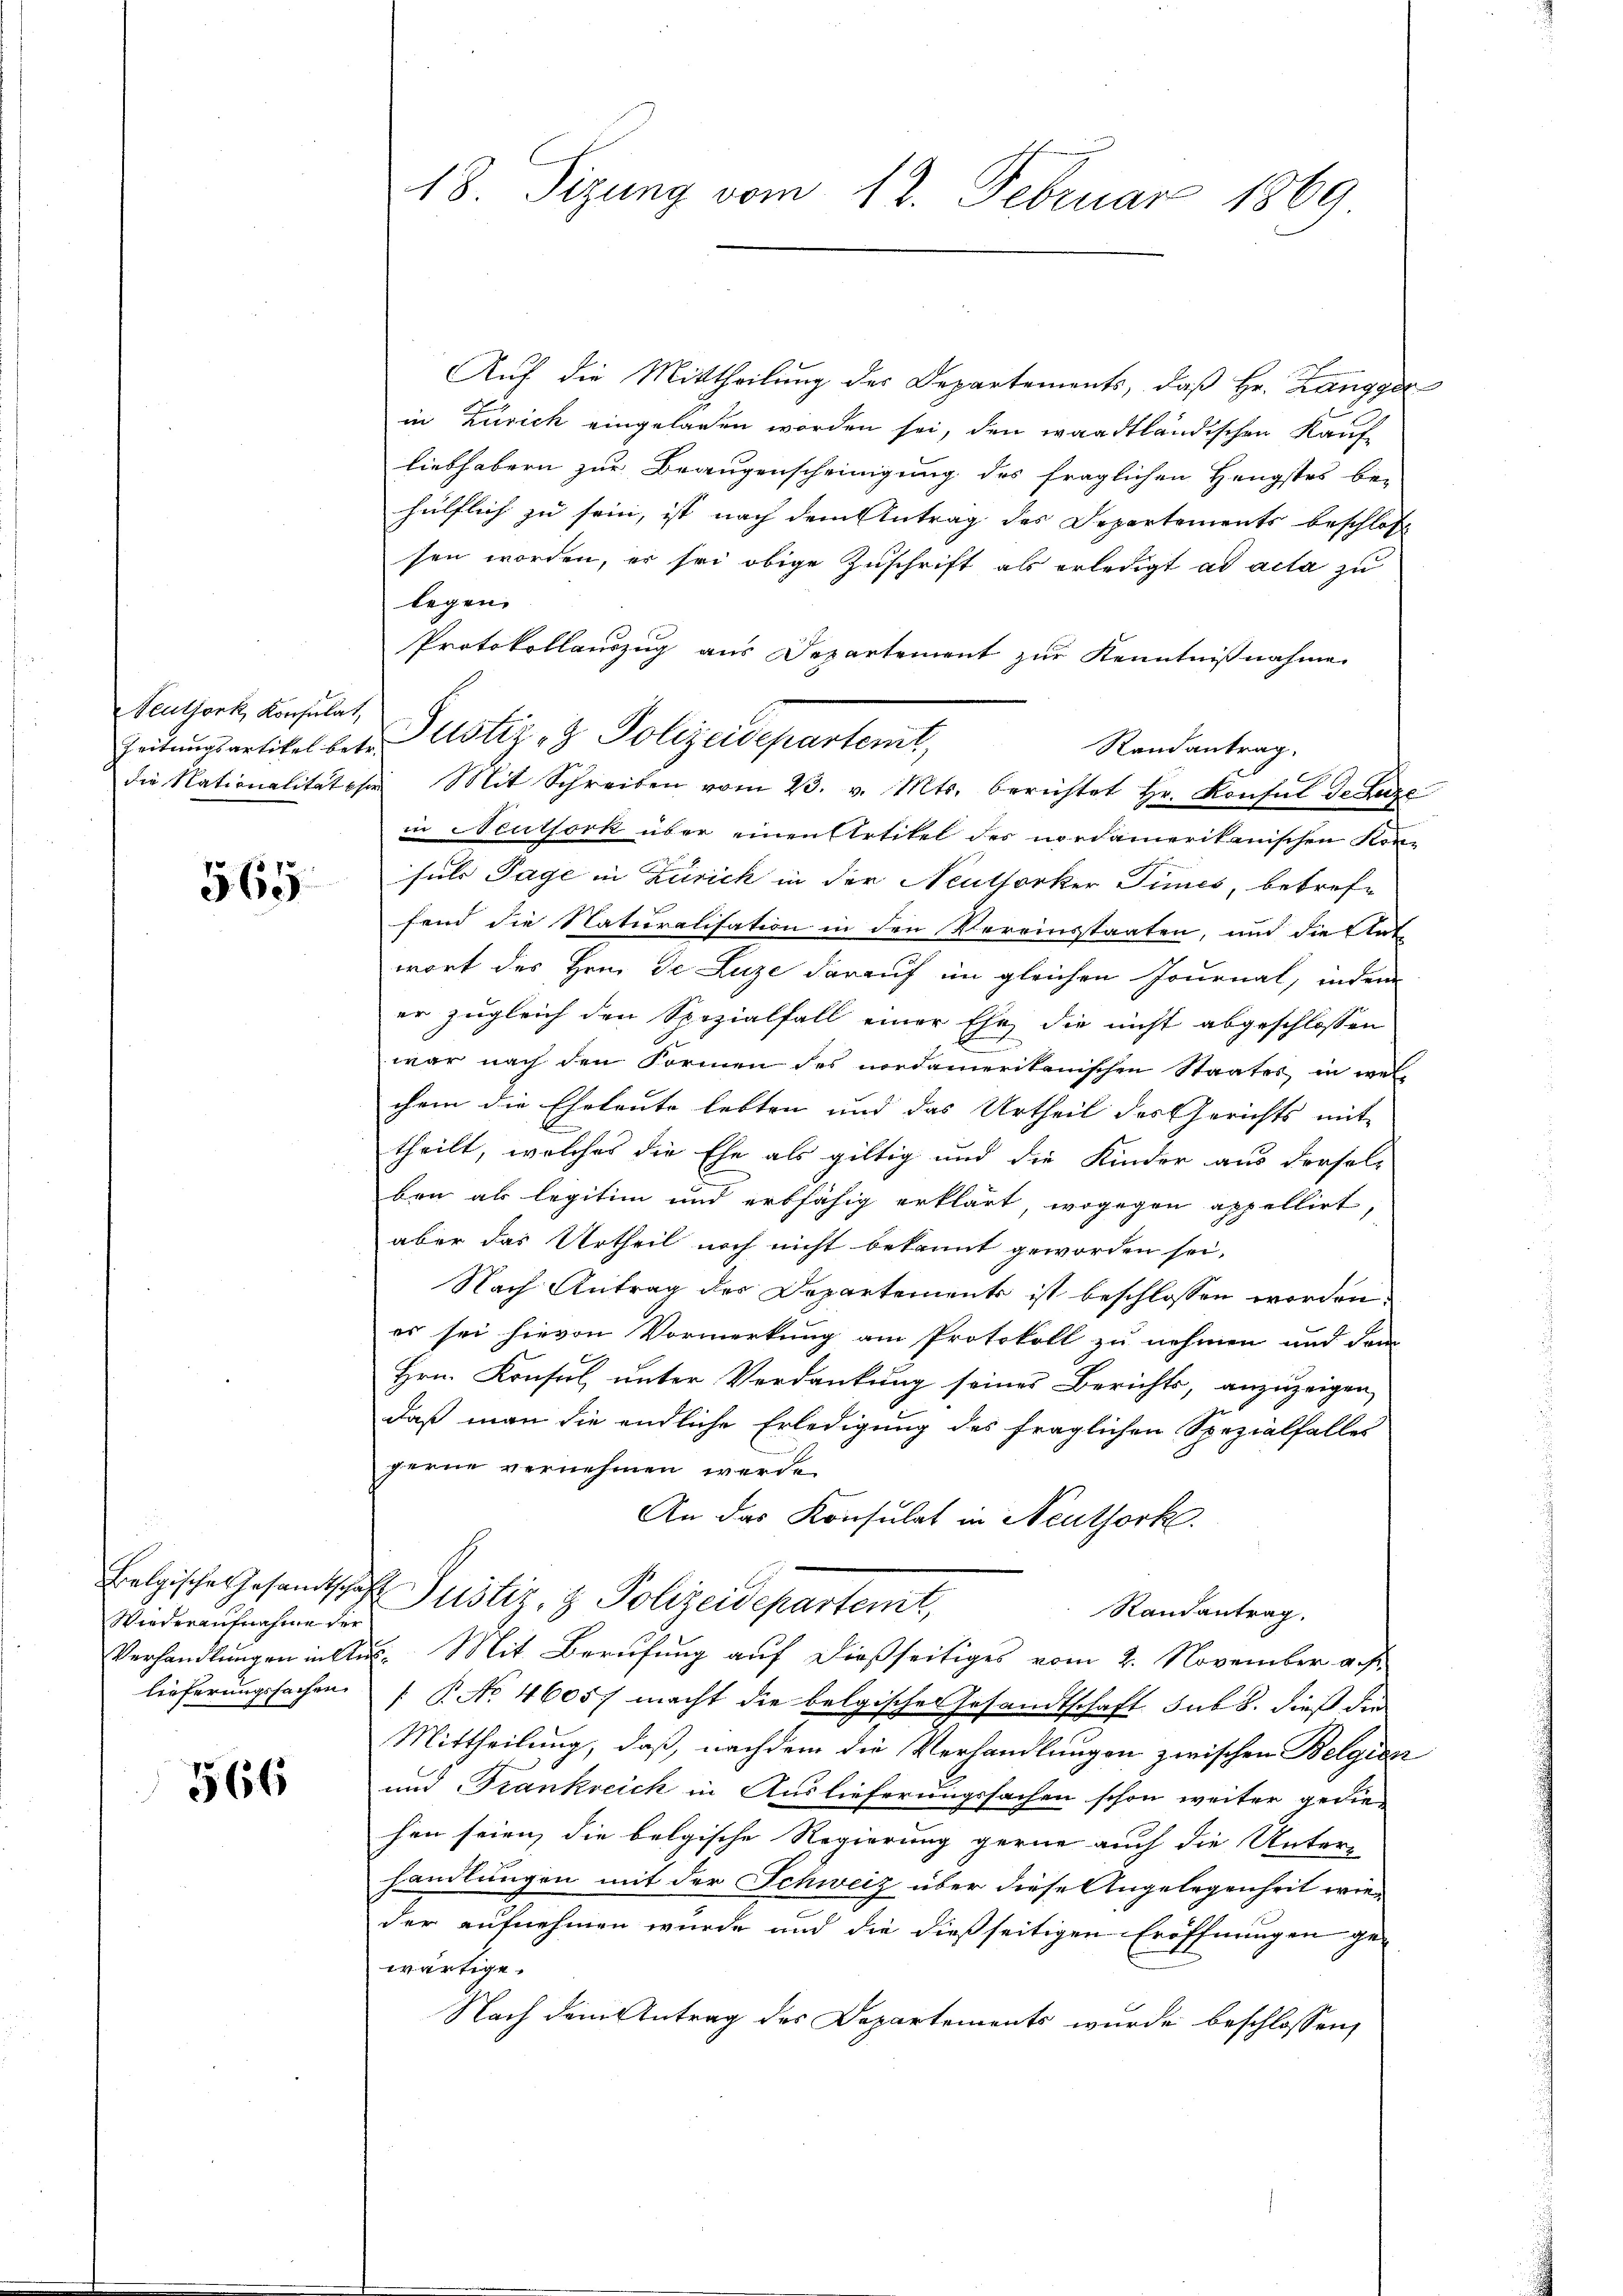
Neuthork, Konsulat,
Zeitungsartikel betr.

565

Belgisches Gesandtscha
Wiederaufnahme der
Verhandlungen in Anlieferungssachen

566

18. Sizung vom 12. Februar 1869.

Auf die Mittheilung des Departements, daß Hr. Zangger
in Zürich eingeladen worden sei, den waadtländischen Kaufliebhabern zur Beaugenscheinigung des fraglichen Hengstes be-
hülflich zu sein, ist nach dem Antrag des Departements beschlos
sen worden, er sei obige Zuschrift als erledigt ad acta zu
legen.
Protokollauszug aus Departement zur Kenntnißnahme
Puster, 3 Polizeidepartemit,
Randantrag.
die Nationalität sie Mit Schreiben vom 23. v. Mts. berichtet Hr. Konsul de Luze
in Neuthork über einen Artikel des nordamerikanischen Kon-
suls Tage in Zürich in der Neuthorker Times, betreffend die Naturalisation in den Vereinstaaten, und die Stat
wort des Hrn. De Luze darauf im gleichen Journal, indem
er zugleich den Spezialfall einer Ehe, die nicht abgeschlossen
war nach den Formen des nordamerikanischen Staates in wel-
chem die Eheleute lebten und das Urtheil des Gerichts mit
theilt, welches die Ehe als giltig und die Kinder aus dersel-
ben als legitim und erbfähig erklärt, wogegen appellirt,
aber das Urtheil noch nicht bekannt geworden sei,
Nach Antrag der Departements ist beschlossen worden.
es sei hievon Vormerkung am Protokoll zu nehmen und dann
Hrn. Konsul unter Verdankung seines Berichts, anzuzeigen,
daß man die endliche Erledigung des fraglichen Spezialfalles
gerne vernehmen werde.
An das Konsulat in Neuthork
 Justiz- & Polizeidepartemt,
Randantrag.
2. Mit Berufung auf dießseitiges vom 2. November aus.
[ P. No. 4605. macht die belgische Gesandtschaft sub b. dieß die
Mittheilung, daß, nachdem die Verhandlungen zwischen Belgiss
und Frankreich in Auslieferungssachen schon weiter gediehen seien, die belgische Regierung gerne auch die Unter-
handlungen mit der Schweiz über diese Angelegenheit wie
der aufnehmen wurde und die dießseitigen Eröffnungen ge-
wärtige.
Nach dem Antrag des Departements wurde beschlossen,